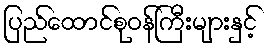
ပြည်ထောင်စုဝန်ကြီးများနှင့်